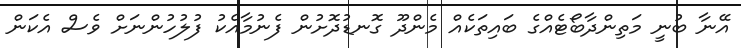
އޭނާ ބުނީ މަތިންދާބޯޓެއްގެ ބައިތަކެއް މެންދޫ ގޮނޑުދޮށުން ފެނުމާއެކު ފުލުހުންނަށް ވެސް އެކަން